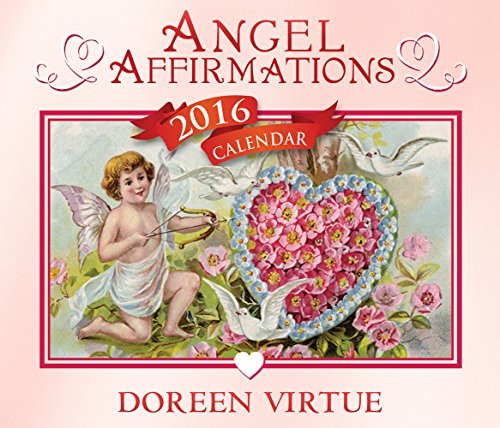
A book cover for Angel Affirmations 2016 Calendar; Doreen Virtue; Religion & Spirituality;